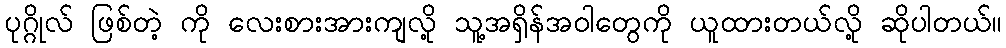
ပုဂ္ဂိုလ် ဖြစ်တဲ့ ကို လေးစားအားကျလို့ သူ့အရှိန်အဝါတွေကို ယူထားတယ်လို့ ဆိုပါတယ်။